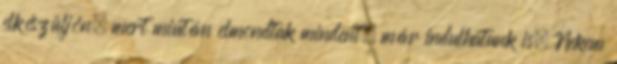
elkészüljön, mert miután elmondtak mindent, már indulhatunk is. Nekem